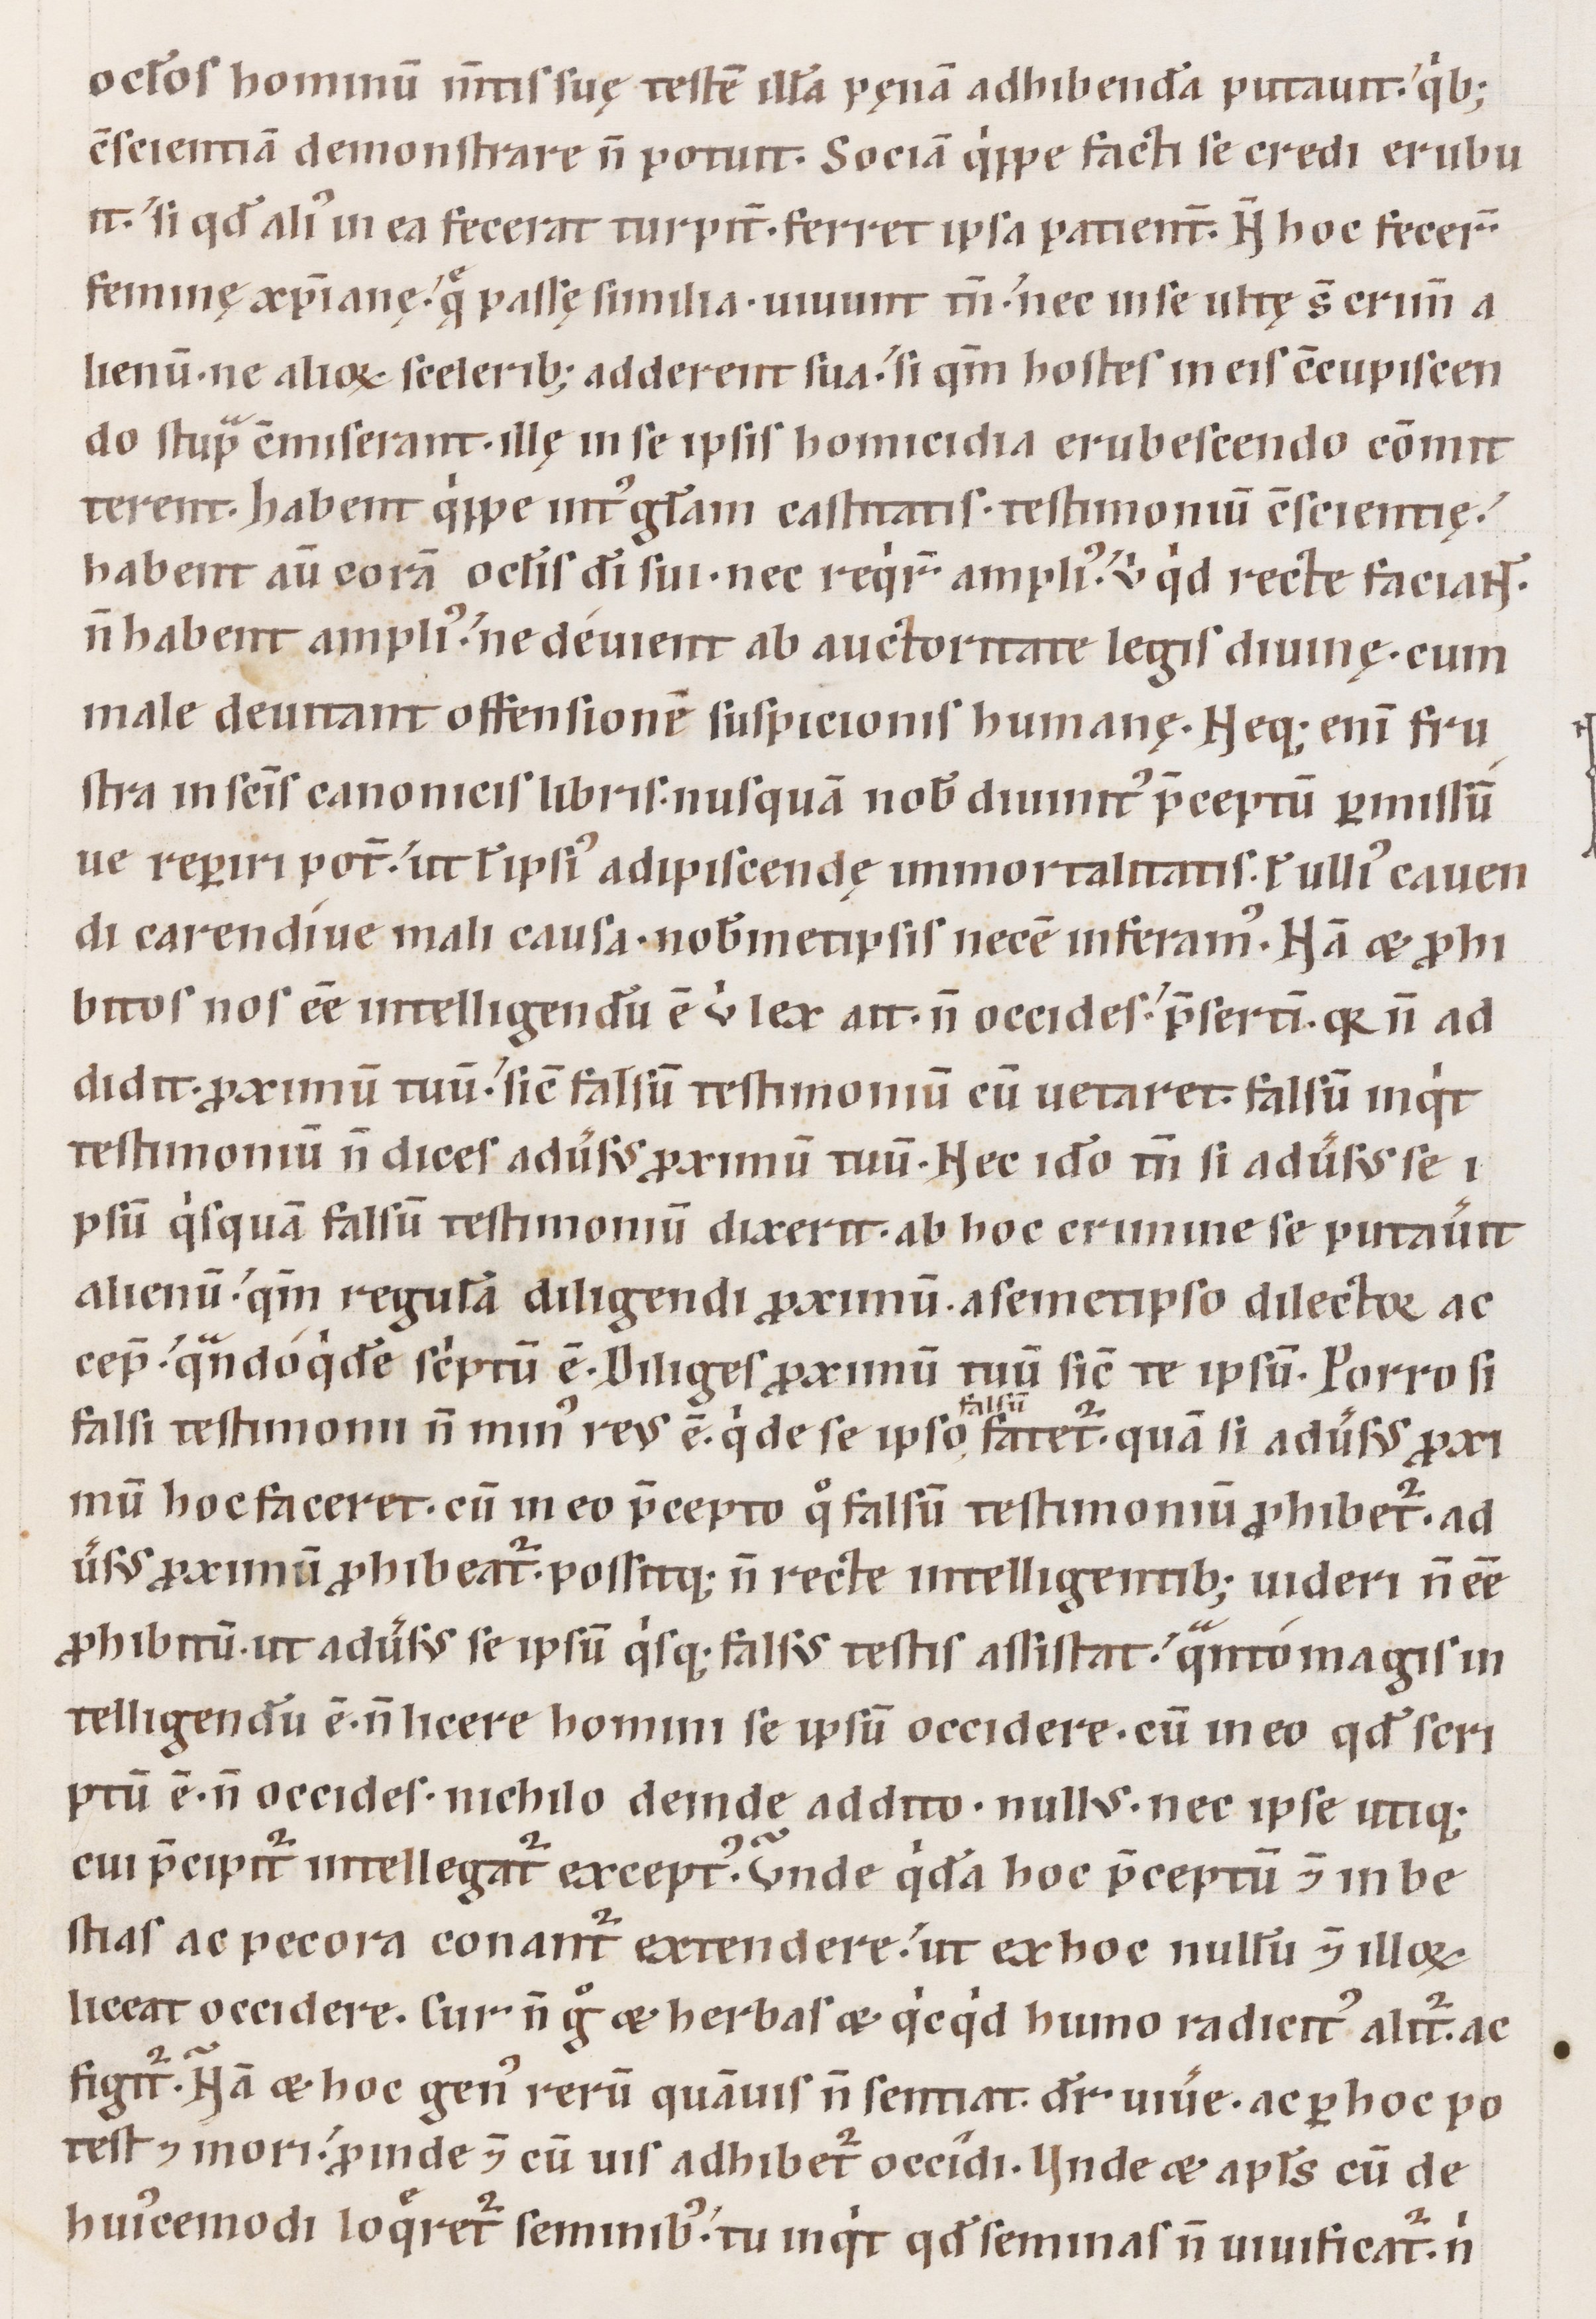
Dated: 1100–1199